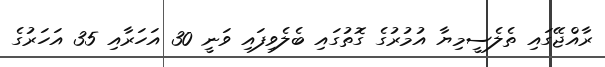
ރާއްޖޭގައި ތެލެސީމިޔާ އުމުރުގެ ގޮތުގައި ބެލެވިފައި ވަނީ 30 އަހަރާއި 35 އަހަރުގެ